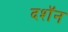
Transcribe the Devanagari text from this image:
दशॅन